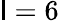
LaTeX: \mathsf{l}=6